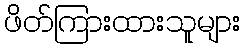
ဖိတ်ကြားထားသူများ